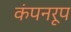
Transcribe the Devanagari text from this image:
कंपनरूप